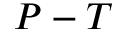
P - T